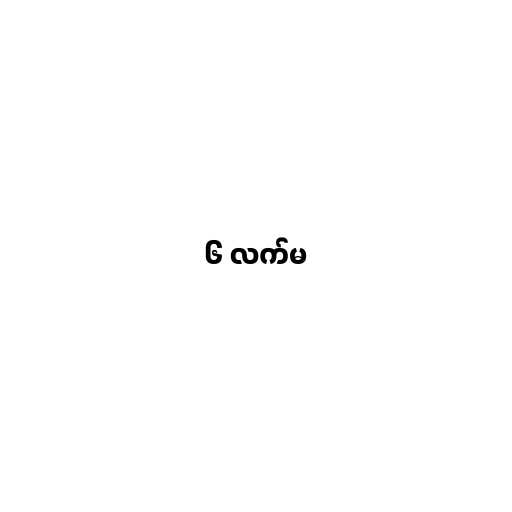
၆ လက်မ